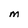
Character: m